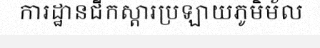
ការដ្ឋានជីកស្តារប្រឡាយភូមិម័ល